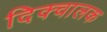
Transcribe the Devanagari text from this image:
दिक्चालक